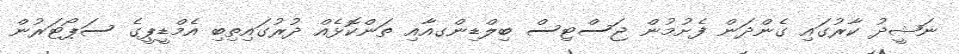
ނަޝީދު ކާރުގައި ގެންދަން ފެށުމުން ޖަސްޓިސް ބިލްޑިންގއާއި ތަންކޮޅެއް ދުރުގައިތިބި އެމްޑީޕީގެ ސަޕޯޓަރުން